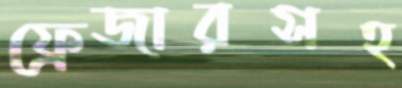
ফ্রেজারসহ